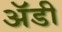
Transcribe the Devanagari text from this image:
अॅडी